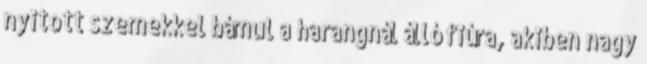
nyitott szemekkel bámul a harangnál álló fiúra, akiben nagy